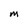
Character: M